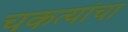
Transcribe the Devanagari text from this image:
चकत्यांचा